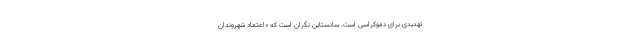
تهدیدی برای دموکراسی است. سانستاین نگران است که «اعتماد ِشهروندان